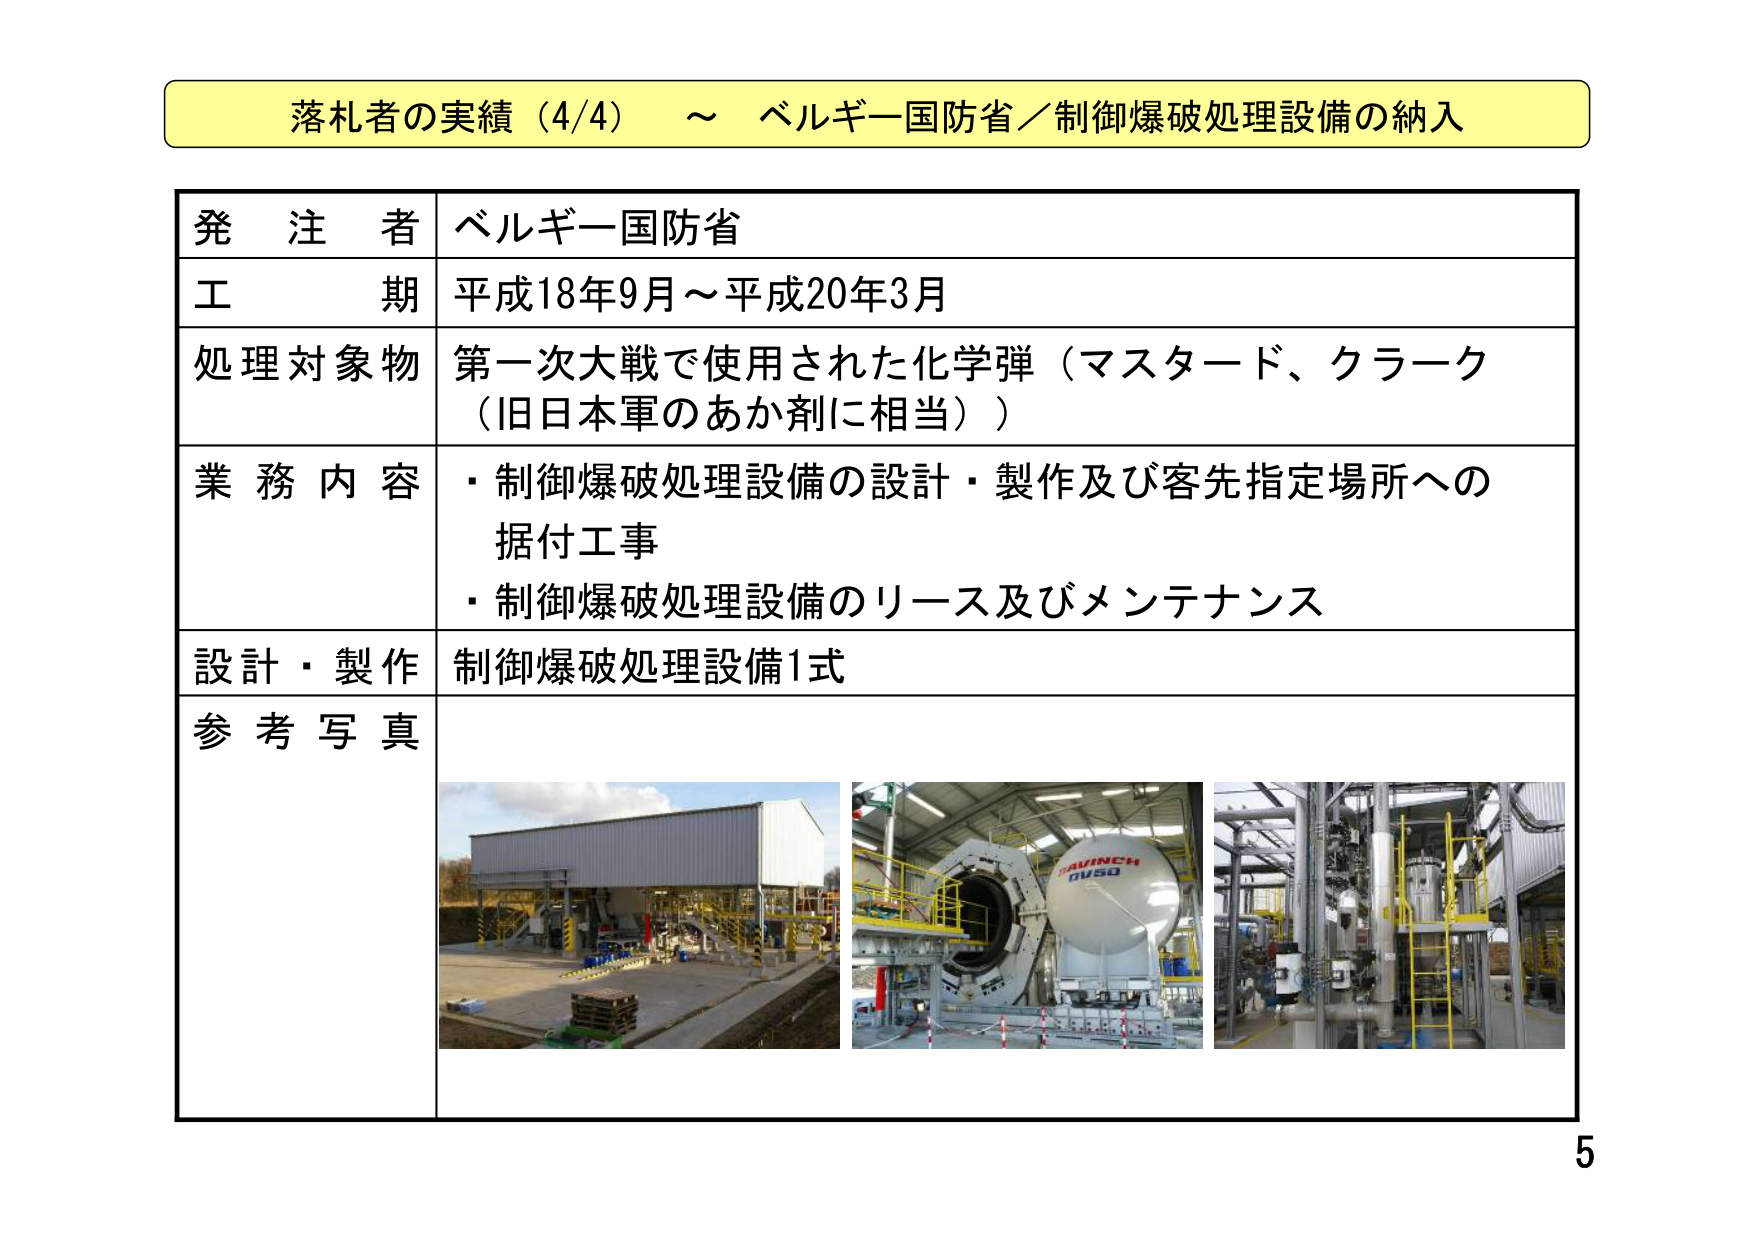
落札者の実績（4/4） ～ ベルギー国防省／制御爆破処理設備の納入

発注者 ベルギー国防省
工期 平成18年9月～平成20年3月
処理対象物 第一次大戦で使用された化学弾（マスタード、クラーク（旧日本軍のあか剤に相当））
業務内容 ・制御爆破処理設備の設計・製作及び客先指定場所への据付工事
　　　　・制御爆破処理設備のリース及びメンテナンス
設計・製作 制御爆破処理設備1式
参考写真

AVINCH
OV50

5